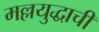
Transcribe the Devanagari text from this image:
मल्लयुद्धाची